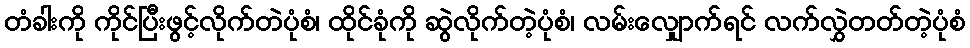
တံခါးကို ကိုင်ပြီးဖွင့်လိုက်တဲပုံစံ၊ ထိုင်ခုံကို ဆွဲလိုက်တဲ့ပုံစံ၊ လမ်းလျှောက်ရင် လက်လွှဲတတ်တဲ့ပုံစံ